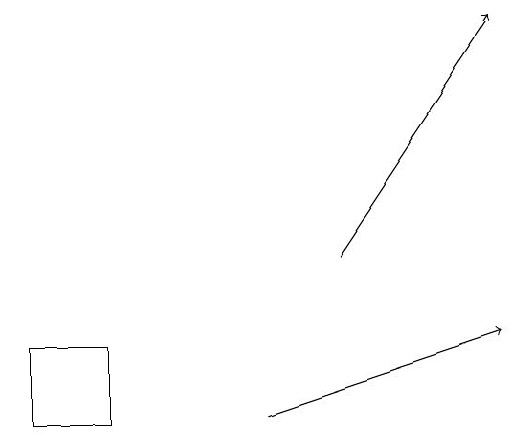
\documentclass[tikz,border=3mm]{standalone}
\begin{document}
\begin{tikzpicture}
\draw[->] (6,16) -- (8,19);
\draw (3,15) rectangle (2,14);
\draw[->] (5,14) -- (8,15);
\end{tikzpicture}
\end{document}